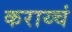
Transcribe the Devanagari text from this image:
कराय्चं